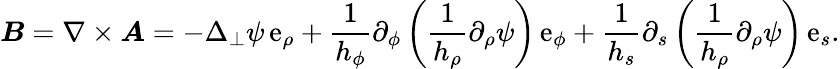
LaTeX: \boldsymbol{B}=\nabla\times\boldsymbol{A}=-\Delta_{\perp}\psi\, \mathrm{e}_{\rho}+\frac{1}{h_{\phi}}\partial_{\phi}\left(\frac{1}{h_{\rho}}\partial_{\rho}\psi\right)\, \mathrm{e}_{\phi}+\frac{1}{h_{s}}\partial_{s}\left(\frac{1}{h_{\rho}}\partial_{\rho}\psi\right)\, \mathrm{e}_{s}.